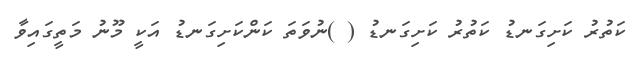
ކަތުރު ކަށިގަނޑު ކަތުރު ކަށިގަނޑު ( )ނުވަތަ ކަންކަށިގަނޑު އަކީ މޫނު މަތީގައިވާ